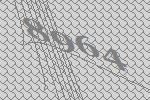
8964